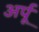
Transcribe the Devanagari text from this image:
अर्पू